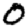
Digit: 0